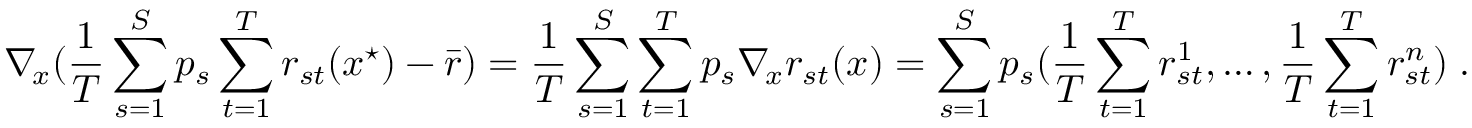
\nabla _ { \! x } ( \frac { 1 } { T } \sum _ { s = 1 } ^ { S } p _ { s } \sum _ { t = 1 } ^ { T } r _ { s t } ( x ^ { \star } ) - \bar { r } ) = \frac { 1 } { T } \sum _ { s = 1 } ^ { S } \sum _ { t = 1 } ^ { T } p _ { s } \nabla _ { \! x } r _ { s t } ( x ) = \sum _ { s = 1 } ^ { S } p _ { s } ( \frac { 1 } { T } \sum _ { t = 1 } ^ { T } r _ { s t } ^ { 1 } , \ldots , \frac { 1 } { T } \sum _ { t = 1 } ^ { T } r _ { s t } ^ { n } ) \; .